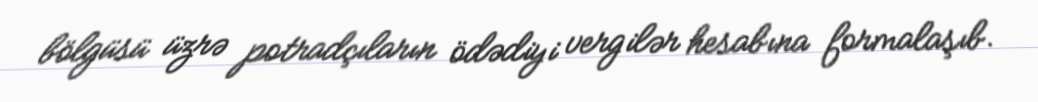
bölgüsü üzrə potradçıların ödədiyi vergilər hesabına formalaşıb.